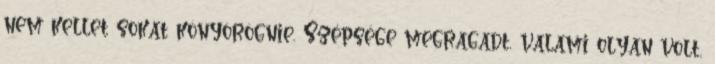
nem kellet sokat könyörögnie. Szépsége megragadt, valami olyan volt,